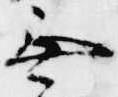
無